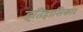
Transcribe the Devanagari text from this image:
इतिहासिकार